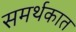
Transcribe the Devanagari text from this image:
समर्थकात